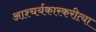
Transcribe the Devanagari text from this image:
आश्चर्यकारकरीत्या